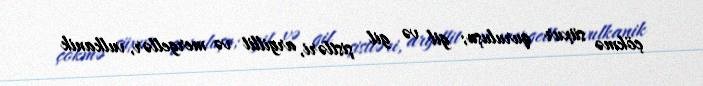
çökmə süxur quruluşu; gil və gil şistləri, argillit və mergellər, vulkanik